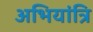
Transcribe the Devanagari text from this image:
अभियांत्रि